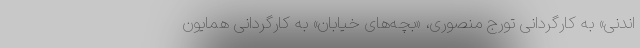
اندنی» به کارگردانی تورج منصوری، «بچه‌های خیابان» به کارگردانی همایون